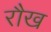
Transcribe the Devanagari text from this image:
रौख